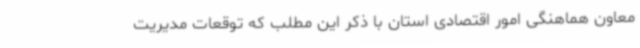
معاون هماهنگی امور اقتصادی استان با ذکر این مطلب که توقعات مدیریت